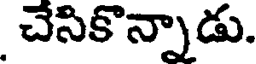
చేసికొన్నాడు.